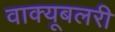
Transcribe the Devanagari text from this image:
वाक्यूबलरी